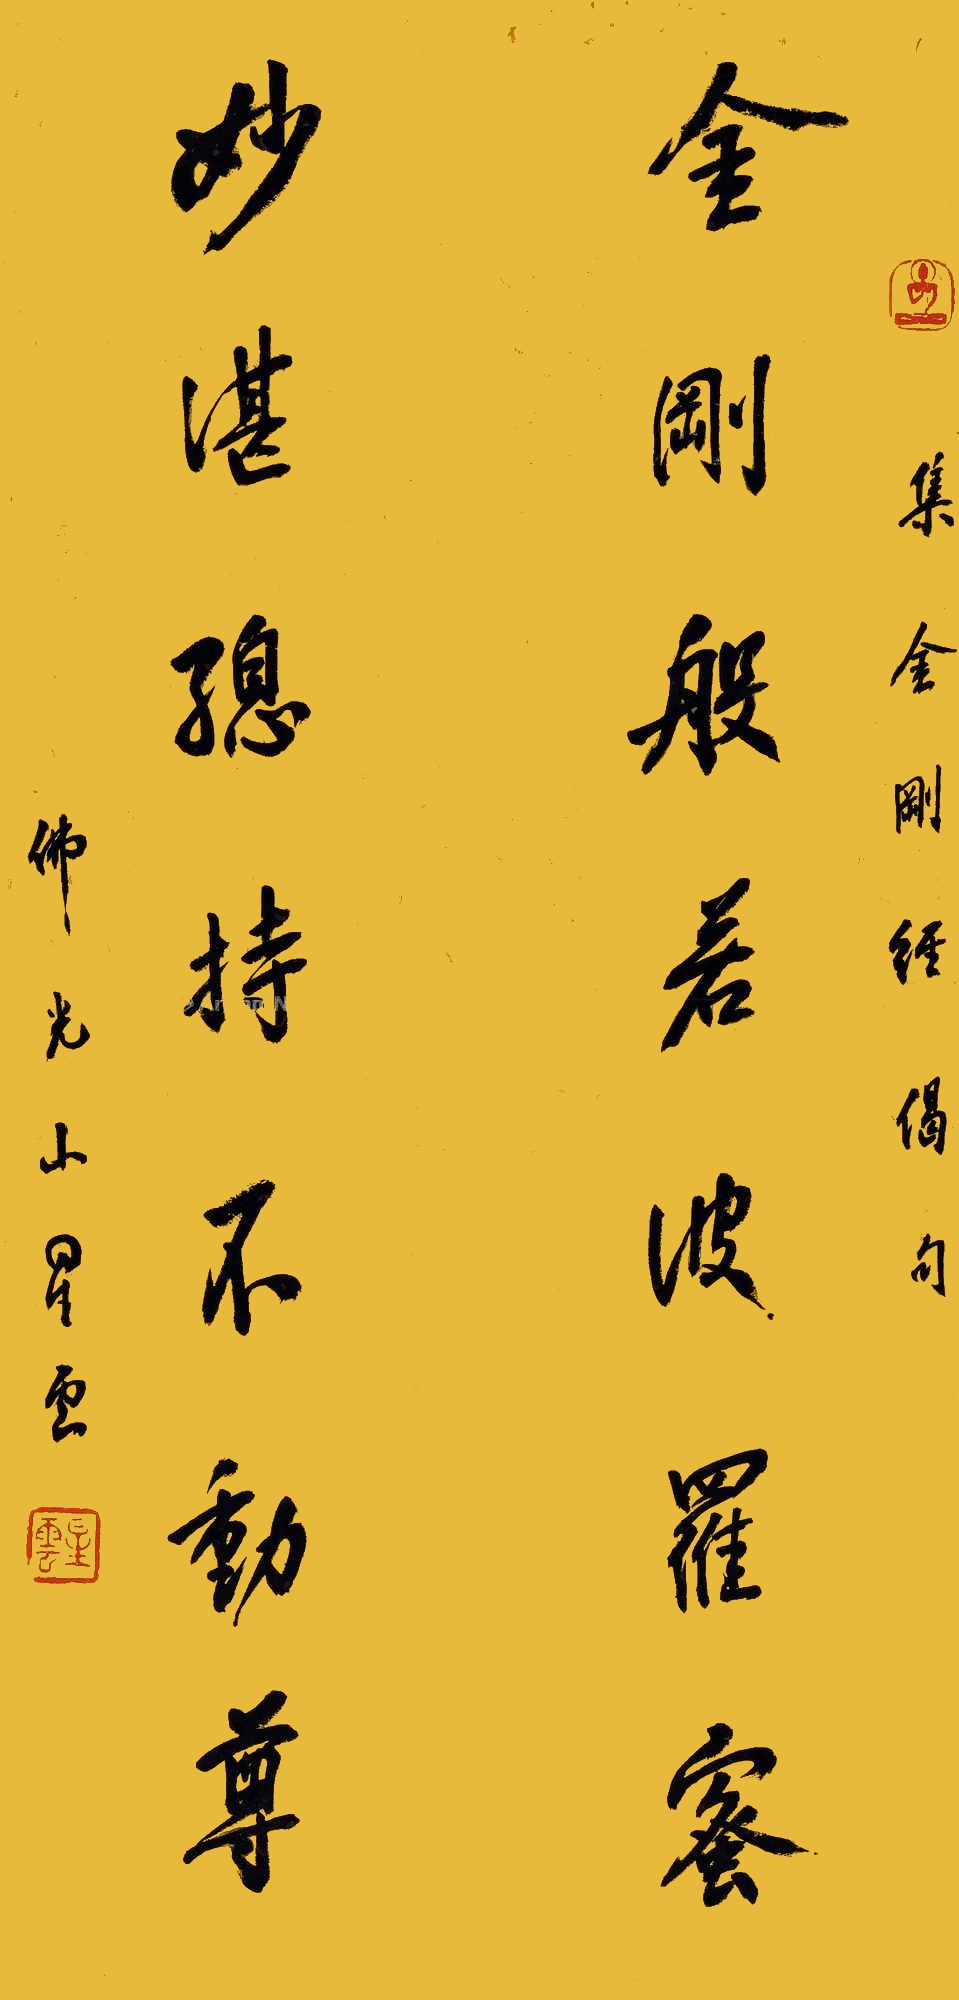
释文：金刚般若波罗蜜，妙湛总持不动尊佛光山星云、集金刚经偈句